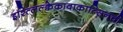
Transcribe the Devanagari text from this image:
इश्त्लिल्क्वेकावाकात्सिनची